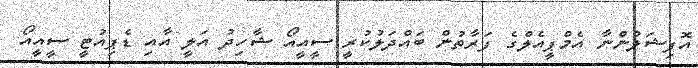
އޮފިޝަލުންނާ އެމްޕީއެލްގެ ފަރާތުން ބައްދަލުކުރީ ސީއީއޯ ޝާހިދު އަލީ އާއި ޑެޕިއުޓީ ސީއީއޯ